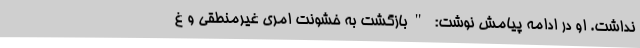
نداشت. او در ادامه پیامش نوشت: "بازگشت به خشونت امری غیرمنطقی و غ